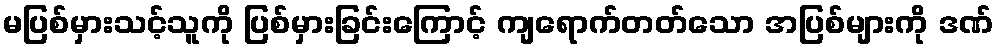
မပြစ်မှားသင့်သူကို ပြစ်မှားခြင်းကြောင့် ကျရောက်တတ်သော အပြစ်များကို ဒဏ်